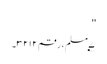
''
۷؂مسلم، رقم ۳۲۱۲۔